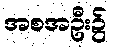
အစအဦး၌